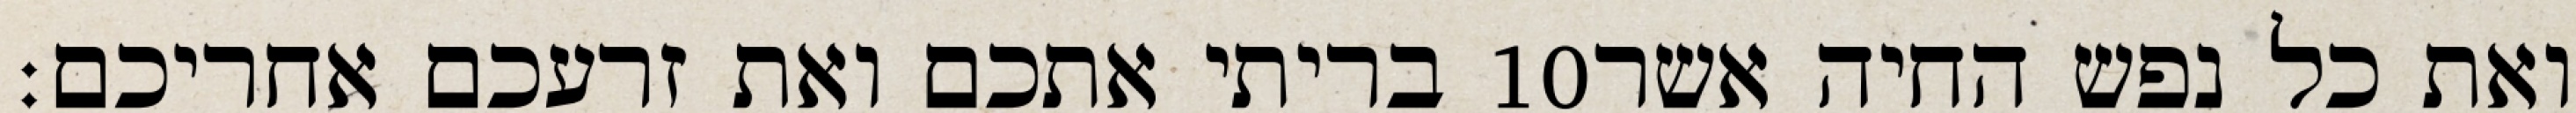
בריתי אתכם ואת זרעכם אחריכם׃ ‎10‏ ואת כל נפש החיה אשר